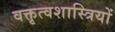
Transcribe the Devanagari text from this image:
वक्तृत्वशास्त्रियों